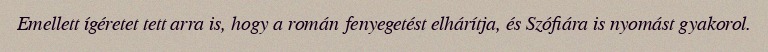
Emellett ígéretet tett arra is, hogy a román fenyegetést elhárítja, és Szófiára is nyomást gyakorol.